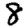
Digit: 8